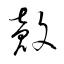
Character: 殻